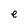
Character: e